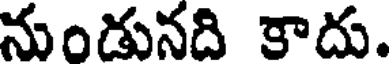
నుండునది కాదు.